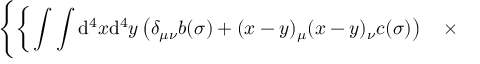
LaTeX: \Bigg \{ \bigg \{ \int \int \mathrm { d } ^ { 4 } x \mathrm { d } ^ { 4 } y \left( \delta _ { \mu \nu } b ( \sigma ) + ( x - y ) _ { \mu } ( x - y ) _ { \nu } c ( \sigma ) \right) \quad \times